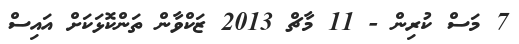
7 މަސް ކުރިން - 11 މާޗް 2013 ޒަކްވާން ތަންކޮޅަކަށް އައިސް